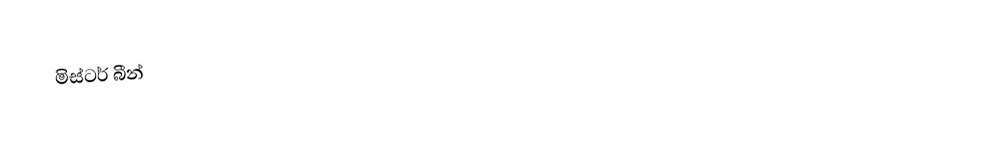
මිස්ටර්  බීන්